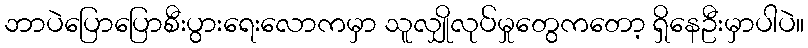
ဘာပဲပြောပြောစီးပွားရေးလောကမှာ သူလျှိုလုပ်မှုတွေကတော့ ရှိနေဦးမှာပါပဲ။